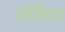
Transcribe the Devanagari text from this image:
तेर्रिएर